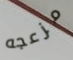
مزعجه